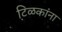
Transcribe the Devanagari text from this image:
टि़ळकांना